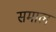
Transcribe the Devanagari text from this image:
समाल